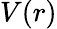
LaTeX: V(r)